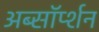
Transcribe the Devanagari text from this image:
अब्सॉर्प्शन